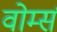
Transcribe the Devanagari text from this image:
वोर्म्स